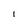
Character: I